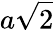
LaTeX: a{\sqrt{2}}